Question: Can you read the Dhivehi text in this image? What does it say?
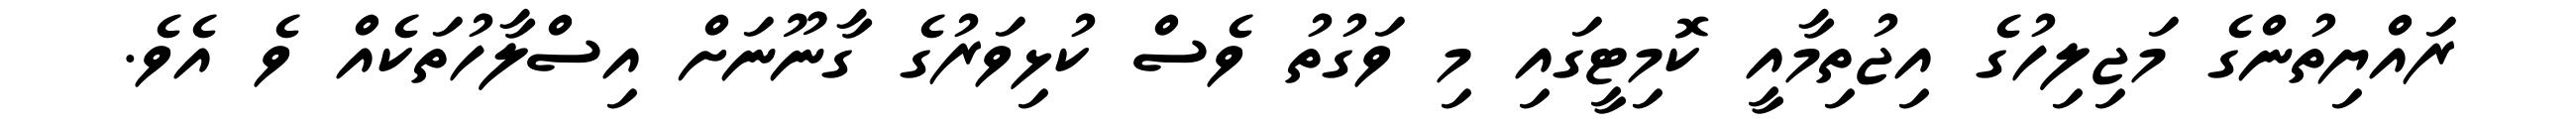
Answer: ރައްޔިތުންގެ މަޖިލިހުގެ އިޖުތިމާއީ ކޮމިޓީގައި މި ވަގުތު ވެސް ކުޅިވަރުގެ ގާނޫނަށް އިސްލާހުތަކެއް ވެ އެވެ.